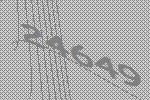
24649